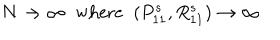
N \rightarrow \infty \; \; \mathrm { w h e r e } \; \; ( P _ { 1 1 } ^ { s } , R _ { 1 1 } ^ { s } ) \rightarrow \infty